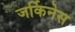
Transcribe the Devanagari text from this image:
जर्किनेस